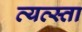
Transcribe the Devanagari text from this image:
व्यव्स्ता